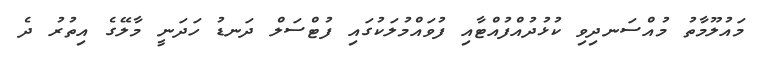
މައުލޫމާތު މުއްސަނދިވި ކުޅުދުއްފުއްޓާއި ފުވައްމުލަކުގައި ފުޓްސަލް ދަނޑު ހަދަނީ މާލޭގެ އިތުރު ދެ